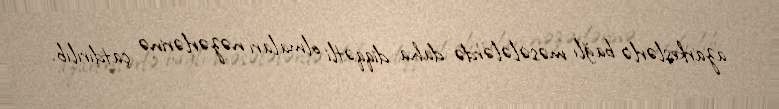
azarkeşlərlə bağlı məsələlərdə daha diqqətli olmaları nəzərlərinə çatdırılıb.